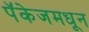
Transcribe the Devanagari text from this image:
पॅकेजमधून